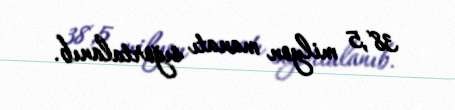
38,5 milyon manatı sığortalanıb.